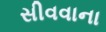
સીવવાના